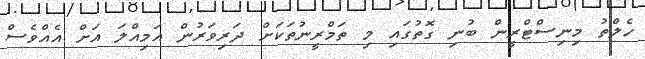
ހެލްތު މިނިސްޓްރީން ބުނި ގޮތުގައި މި ތަމްރީނުތަކަށް ދަރިވަރުން އަމިއްލަ އަށް އެއްވެސް